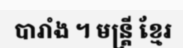
បារាំង ។ មន្ត្រី ខ្មែរ